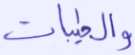
والطيبات